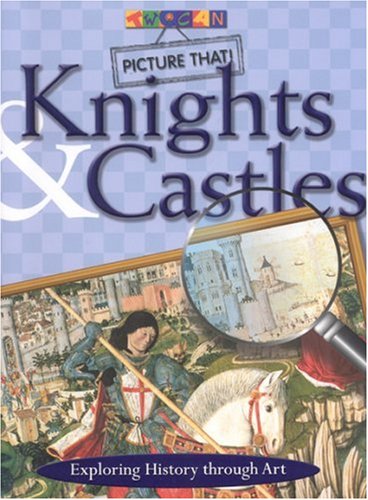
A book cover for Picture That: Knights & Castles; Alex Martin; Children's Books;